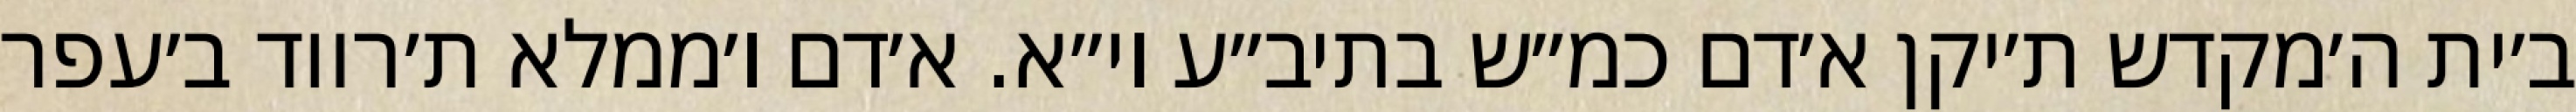
ב׳ית ה׳מקדש ת׳יקן א׳דם כמ״ש בתיב״ע וי״א. א׳דם ו׳ממלא ת׳רווד ב׳עפר